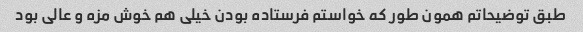
طبق توضیحاتم همون طور که خواستم فرستاده بودن خیلی هم خوش مزه و عالی بود